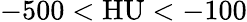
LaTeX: -500<\mathrm{HU}<-100